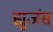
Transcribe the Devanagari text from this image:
ह्युजंस